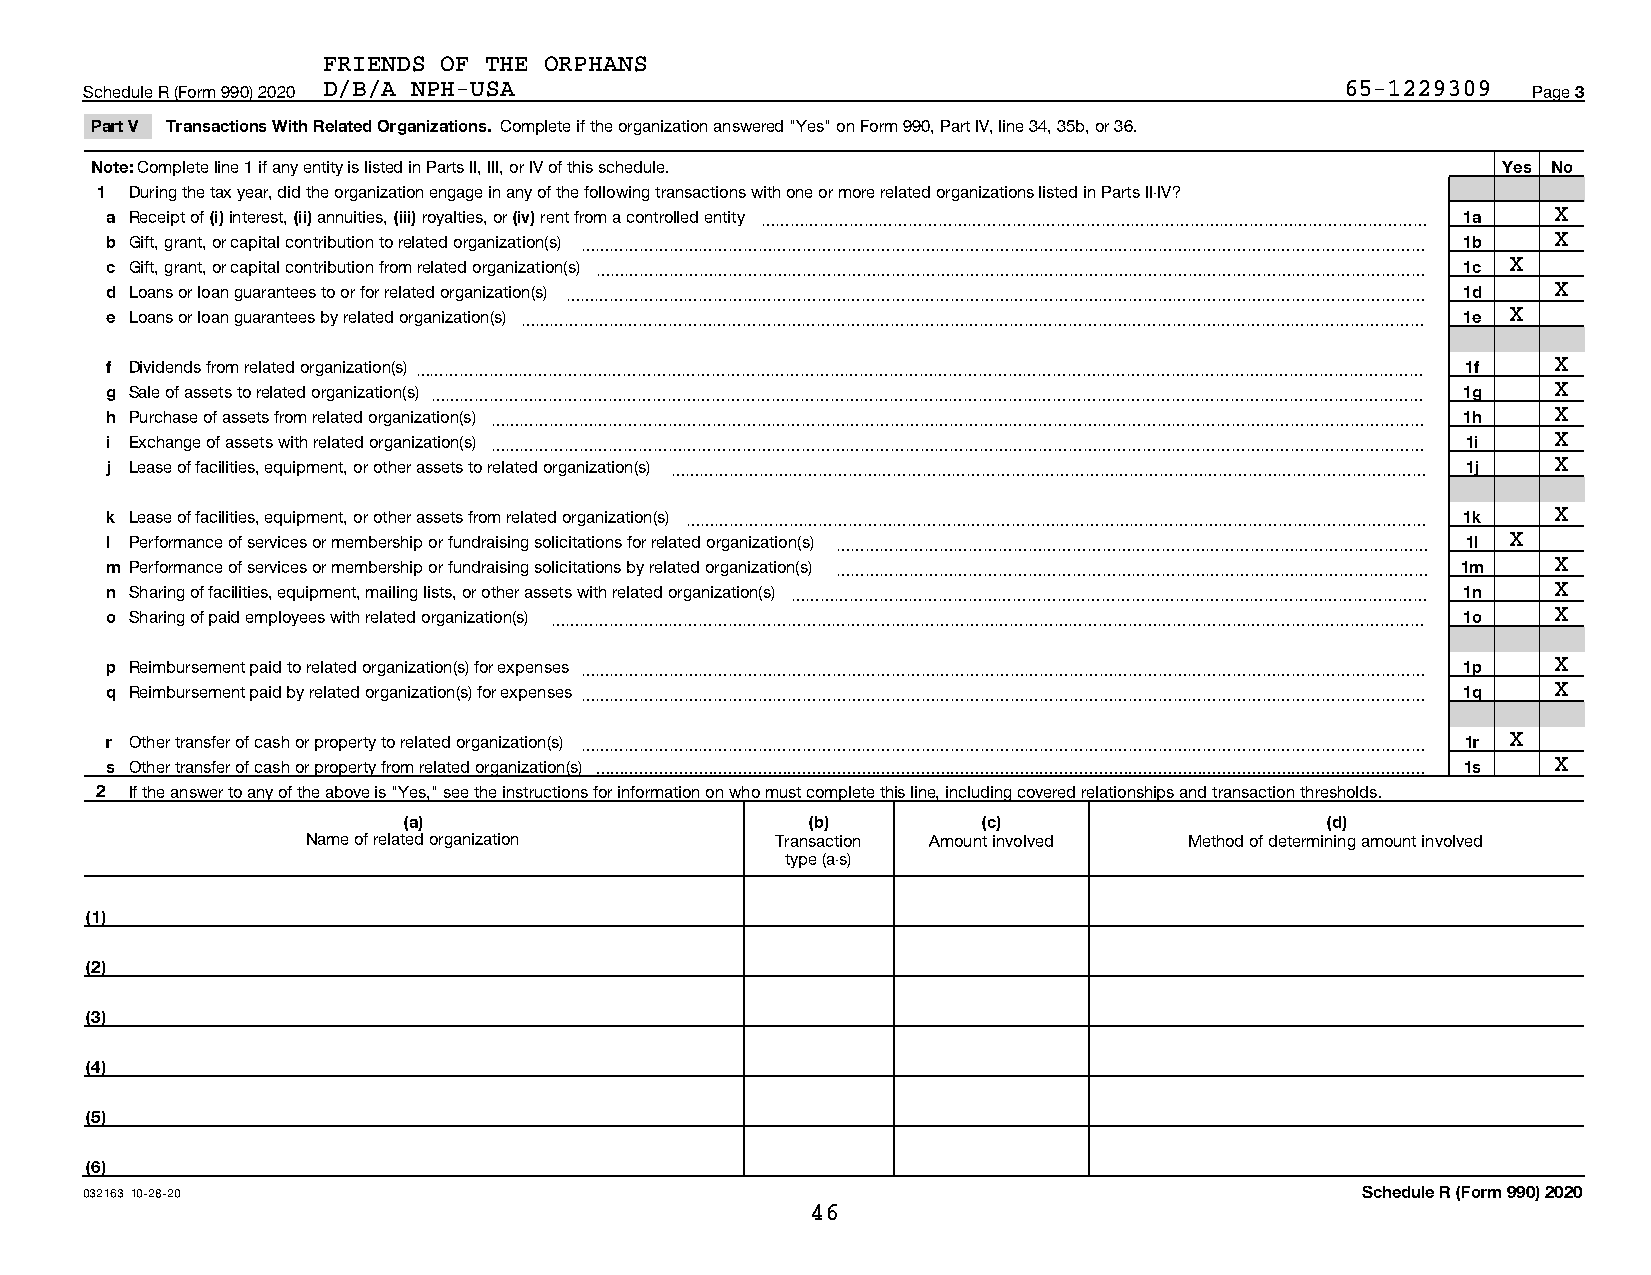
FRIENDS OF THE ORPHANS
 Schedule R (Form 990) 2020 D/B/A NPH-USA                                           65-1229309  Page 3
 Part V Transactions With Related Organizations. Complete if the organization answered "Yes" on Form 990, Part IV, line 34, 35b, or 36.
 Note: Complete line 1 if any entity is listed in Parts II, III, or IV of this schedule.      Yes No
 1  During the tax year, did the organization engage in any of the following transactions with one or more related organizations listed in Parts II-IV?
 a Receipt of (i) interest, (ii) annuities, (iii) royalties, or (iv) rent from a controlled entity ~~~~~~~~~~~~~~~~~~~~~~~~~~~~~~~~~~~~~~~~~~~~~ 1a X
 b Gift, grant, or capital contribution to related organization(s) ~~~~~~~~~~~~~~~~~~~~~~~~~~~~~~~~~~~~~~~~~~~~~~~~~~~~~~~~~ 1b X
 c Gift, grant, or capital contribution from related organization(s) ~~~~~~~~~~~~~~~~~~~~~~~~~~~~~~~~~~~~~~~~~~~~~~~~~~~~~~~~ 1c X
 d Loans or loan guarantees to or for related organization(s) ~~~~~~~~~~~~~~~~~~~~~~~~~~~~~~~~~~~~~~~~~~~~~~~~~~~~~~~~~~ 1d X
 e Loans or loan guarantees by related organization(s) ~~~~~~~~~~~~~~~~~~~~~~~~~~~~~~~~~~~~~~~~~~~~~~~~~~~~~~~~~~~~~ 1e X
 f Dividends from related organization(s)~~~~~~~~~~~~~~~~~~~~~~~~~~~~~~~~~~~~~~~~~~~~~~~~~~~~~~~~~~~~~~~~~~~~ 1f X
 g Sale of assets to related organization(s) ~~~~~~~~~~~~~~~~~~~~~~~~~~~~~~~~~~~~~~~~~~~~~~~~~~~~~~~~~~~~~~~~~~~ 1g X
 h Purchase of assets from related organization(s) ~~~~~~~~~~~~~~~~~~~~~~~~~~~~~~~~~~~~~~~~~~~~~~~~~~~~~~~~~~~~~~~ 1h X
 i Exchange of assets with related organization(s) ~~~~~~~~~~~~~~~~~~~~~~~~~~~~~~~~~~~~~~~~~~~~~~~~~~~~~~~~~~~~~~~ 1i X
 j Lease of facilities, equipment, or other assets to related organization(s) ~~~~~~~~~~~~~~~~~~~~~~~~~~~~~~~~~~~~~~~~~~~~~~~~~~~ 1j X
 k Lease of facilities, equipment, or other assets from related organization(s) ~~~~~~~~~~~~~~~~~~~~~~~~~~~~~~~~~~~~~~~~~~~~~~~~~~ 1k X
 l Performance of services or membership or fundraising solicitations for related organization(s) ~~~~~~~~~~~~~~~~~~~~~~~~~~~~~~~~~~~~~~~~ 1l X
 m Performance of services or membership or fundraising solicitations by related organization(s) ~~~~~~~~~~~~~~~~~~~~~~~~~~~~~~~~~~~~~~~~ 1m X
 n Sharing of facilities, equipment, mailing lists, or other assets with related organization(s) ~~~~~~~~~~~~~~~~~~~~~~~~~~~~~~~~~~~~~~~~~~~ 1n X
 o Sharing of paid employees with related organization(s) ~~~~~~~~~~~~~~~~~~~~~~~~~~~~~~~~~~~~~~~~~~~~~~~~~~~~~~~~~~~ 1o X
 p Reimbursement paid to related organization(s) for expenses ~~~~~~~~~~~~~~~~~~~~~~~~~~~~~~~~~~~~~~~~~~~~~~~~~~~~~~~~~ 1p X
 q Reimbursement paid by related organization(s) for expenses ~~~~~~~~~~~~~~~~~~~~~~~~~~~~~~~~~~~~~~~~~~~~~~~~~~~~~~~~~ 1q X
 r Other transfer of cash or property to related organization(s) ~~~~~~~~~~~~~~~~~~~~~~~~~~~~~~~~~~~~~~~~~~~~~~~~~~~~~~~~~ 1r X
 s Other transfer of cash or property from related organization(s)  1s X
 2  If the answer to any of the above is "Yes," see the instructions for information on who must complete this line, including covered relationships and transaction thresholds.
 (a)                        (b)        (c)                    (d)
 Name of related organization   Transaction Amount involved Method of determining amount involved
 type (a-s)
 (1)
 (2)
 (3)
 (4)
 (5)
 (6)
 032163 10-28-20                                                                     Schedule R (Form 990) 2020
 46